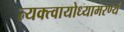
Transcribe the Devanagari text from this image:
त्यक्त्वायोध्यामरण्यं